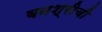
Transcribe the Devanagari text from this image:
वनश्रीची